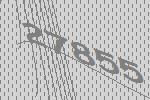
27855